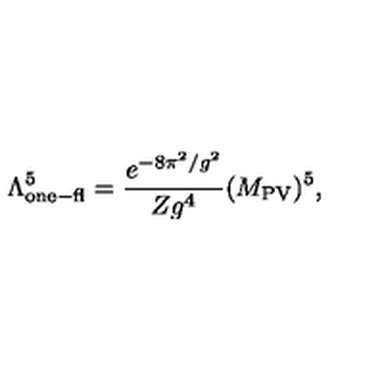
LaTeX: \Lambda _ { \mathrm { o n e - f l } } ^ { 5 } = \frac { e ^ { - 8 \pi ^ { 2 } / g ^ { 2 } } } { Z g ^ { 4 } } ( M _ { \mathrm { P V } } ) ^ { 5 } ,